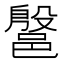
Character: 𰻷